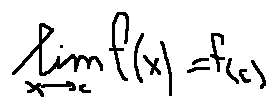
\lim \limits _ { x \rightarrow c } f ( x ) = f ( c )